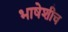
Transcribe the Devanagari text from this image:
भाषेशीच